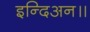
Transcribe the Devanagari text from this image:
इन्दिअन॥